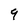
Character: 9